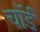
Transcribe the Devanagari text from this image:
चॉर्ड